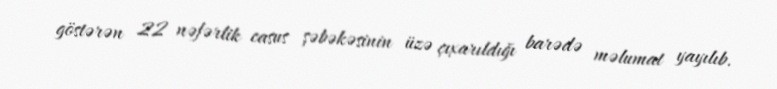
göstərən 22 nəfərlik casus şəbəkəsinin üzə çıxarıldığı barədə məlumat yayılıb.